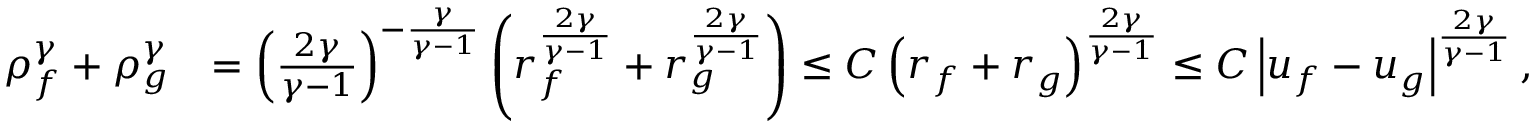
\begin{array} { r l } { \rho _ { f } ^ { \gamma } + \rho _ { g } ^ { \gamma } } & { = \left( \frac { 2 \gamma } { \gamma - 1 } \right) ^ { - \frac { \gamma } { \gamma - 1 } } \left( r _ { f } ^ { \frac { 2 \gamma } { \gamma - 1 } } + r _ { g } ^ { \frac { 2 \gamma } { \gamma - 1 } } \right) \le C \left( r _ { f } + r _ { g } \right) ^ { \frac { 2 \gamma } { \gamma - 1 } } \le C \left| u _ { f } - u _ { g } \right| ^ { \frac { 2 \gamma } { \gamma - 1 } } , } \end{array}